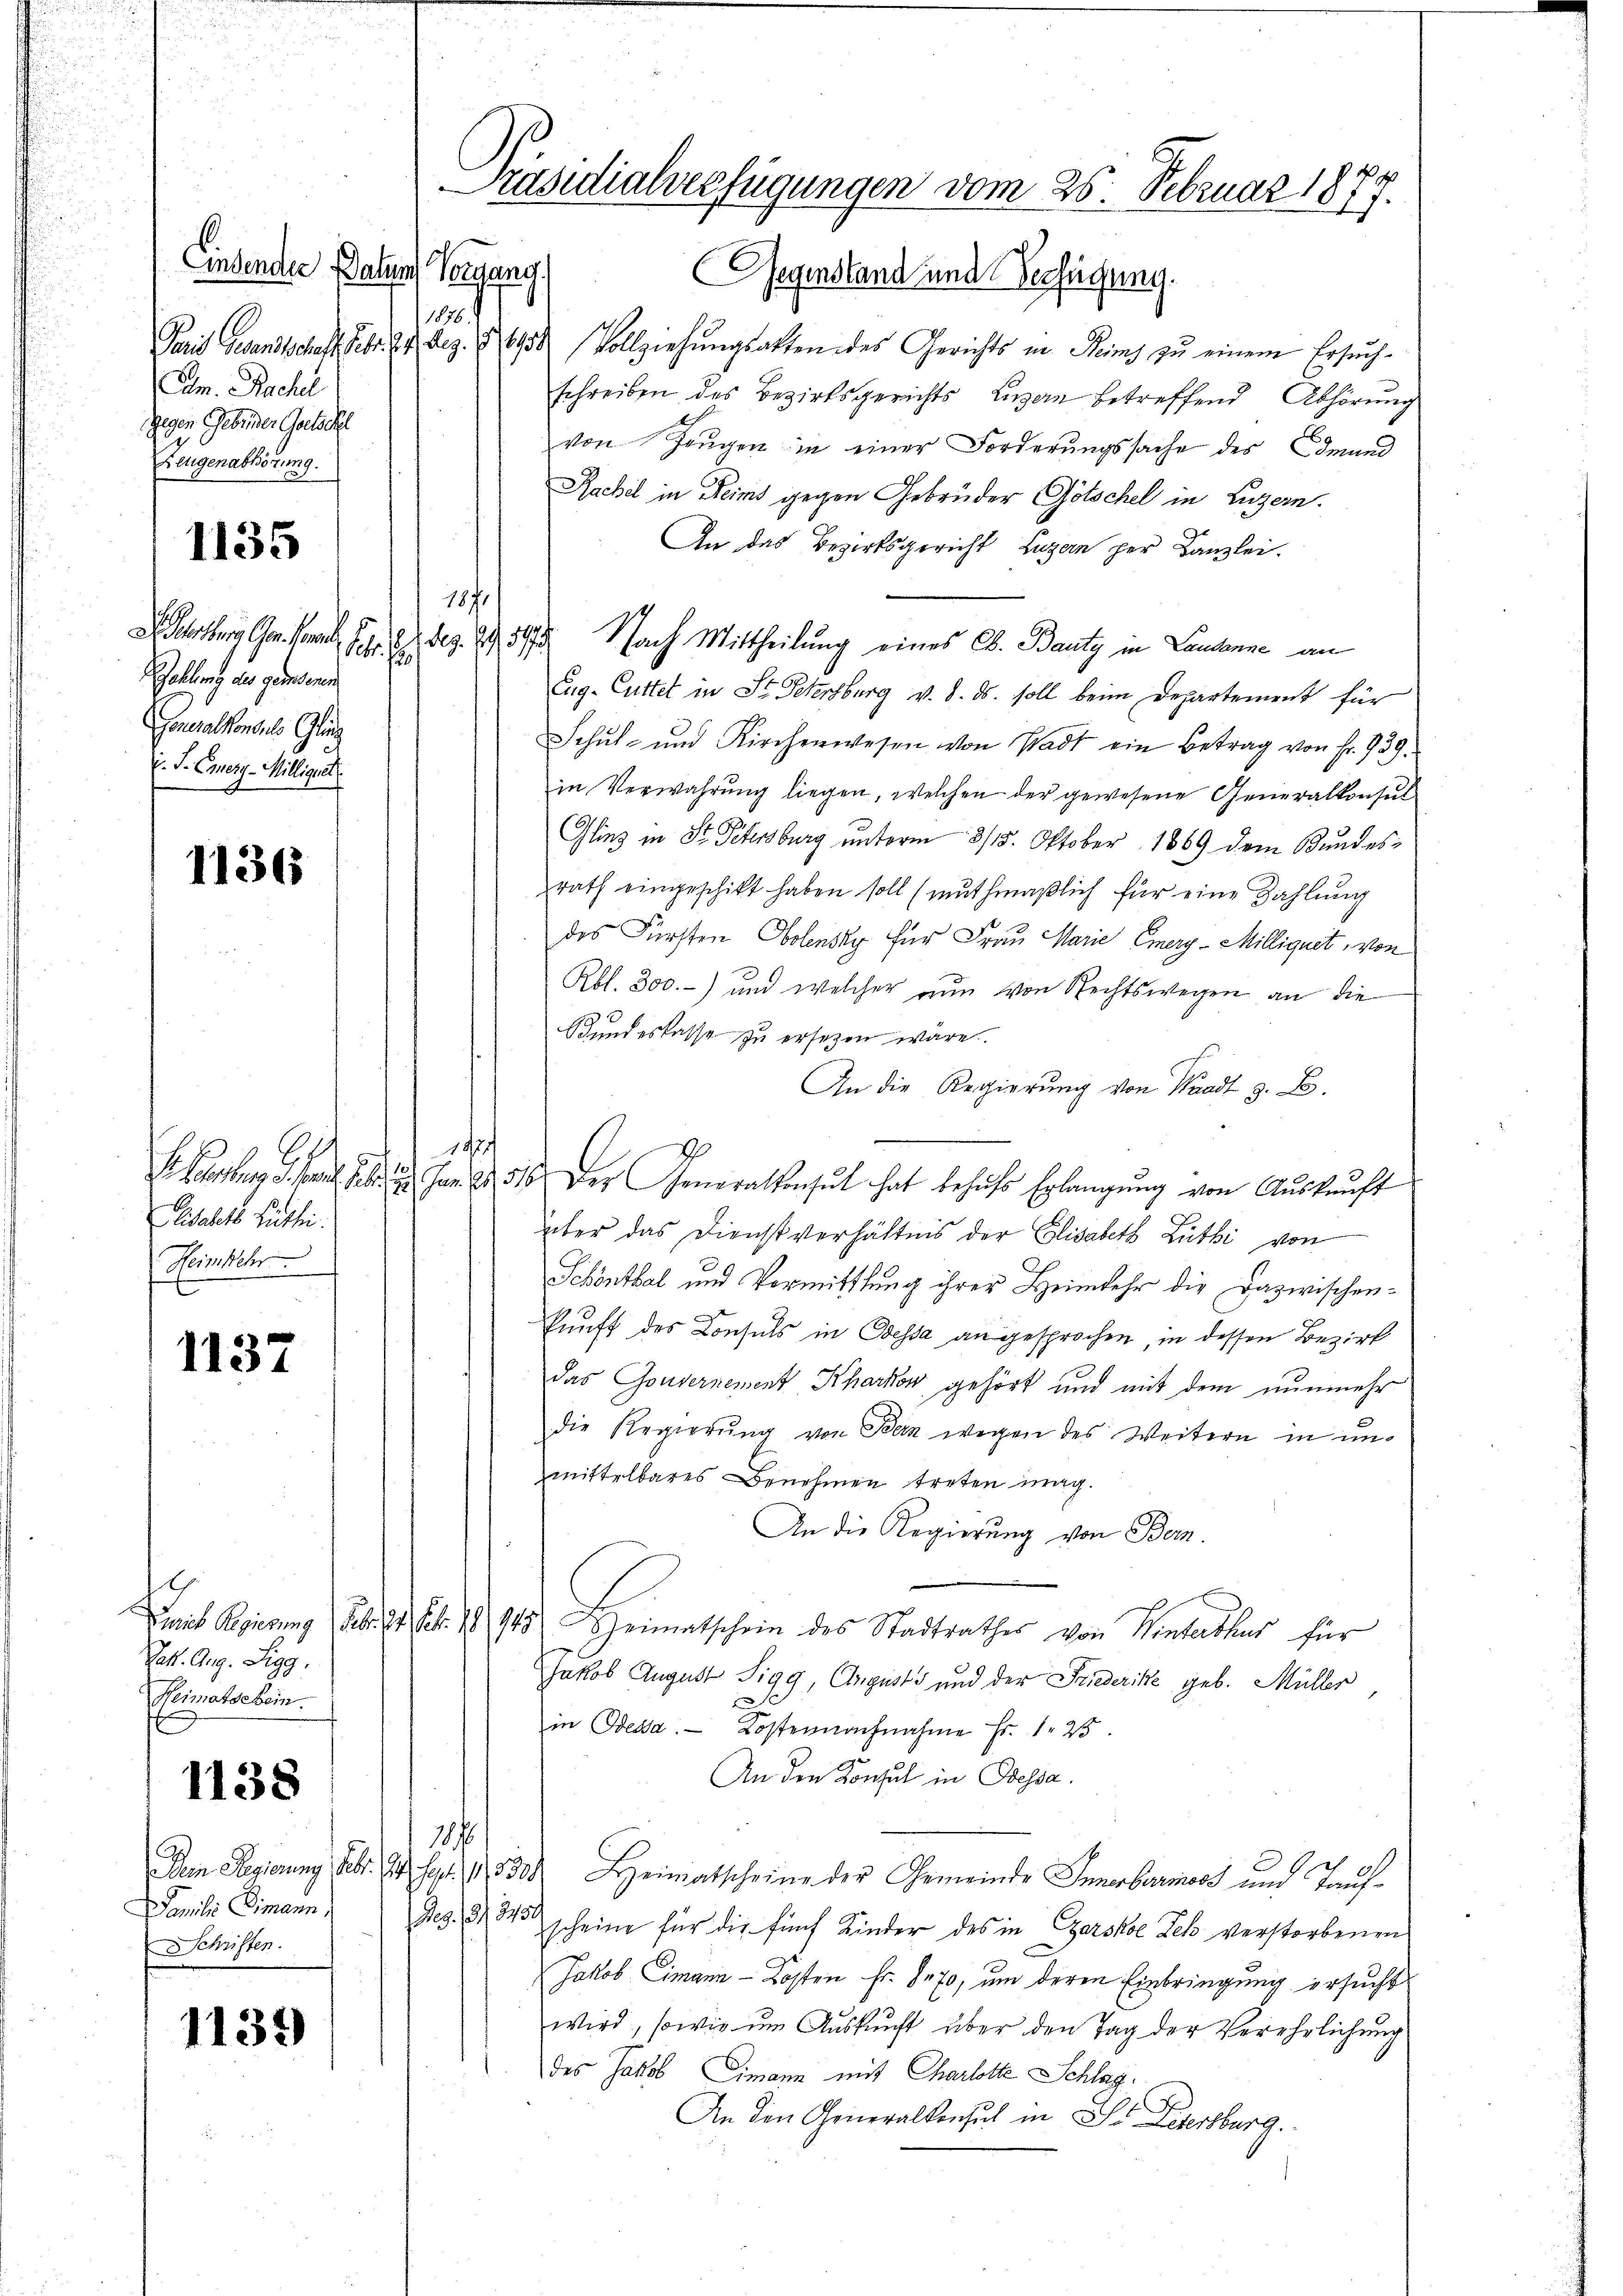
E.
indendere Datum Vorgang.
1876.
Cam. Nachl
Gegen Gebrüder Gutschl
Zeugenabhörung.

1135

ohlung des gendenen
Generalkonsuls Glig
E. J. Cmnery-Milliguet

1136

Lisabets Luthei
Heimkehr

1137

Patt. Aug. Sigg,
Heimatschein.

1138

Familie Dimann,
Schriften.

1139

Paris Gesandtschaft Febr. 27. Dez. 1865 Vollziehungsakten des Gerichts in Heims zu einem Ersuchschreiben des Bezirksgerichts Levan betreffend Abhörung
von Zeugen in einer Forderungssache des Edmund
Rachel in Reims gegen Gebrüder Götschel in Luzern.
An das Bezirksgericht Luzern per Kanzlei.
1871
hrung Ger. pr. Febr. 2. dez. 295172 Nach Mittheilung eines C. Bautz in Landerne an
Eug- Cutter in St. Petersburg v. 8. ds. soll beim Departement für
Schul- und Kirchenwesen von Stadt ein Betrag von Fr. 939.
in Verwahrung liegen, welchen der gewesene Generalkonsul
Glinz in Dr. Petersburg unterm 315. Oktober 1869 dem Bundesrath eingeschikt haben soll (mŭthmaßlich für eine Zahlung
des Fürsten Ostensky für Frau Marie Emerg - Millignet, von
Rbl. 300.-) und welcher nun von Rechtswegen an die
Bundeskasse zu ersezen wäre.
An die Regierung von Waadt z. B.
1924
R. Kosten, d. J. S. 29. Jan. 1856 der Generalkonst hat behŭfs Erlangung von Auskunft
über das Dienstverhältnis der Elisabeth Lüthi von
Schenthal und Vormittlung ihrer Heimkehr die Dazwischenkunft des Consuls in Bessa an gesprochen, in dessen Bezirk
das Gouvernement Kharkow gehört und mit dem nunmehr
die Regierung von Bern wegen des Weitern in unmittelbares Benehmen treten mag.
An die Regierung von Bern.
Taib Regierung Feb. 17. Febr. 18945. Heimatschein des Stadtrathes von Hinterthur für
Jakob August Sigg, Augusts und der Friederike geb. Müller
in Odessa. Kostennachnahme Fr. 1. 25
An den Konsul in Dessa.
187
Dem Regierung Febr. 14. Sept. 1830. Heimatscheine der Gemeinde Innerbarmess und Tauf¬
Dez. 1845 scheine für die fünf Kinder des in Zarskoe Zeh verstorbenen
Jakob Eimann-Kosten Fr. 70, um deren Einbringung ersucht
wird, sowie um Auskunft über den Tag der Verehrlichung
des Jakob Eimann mit Charlotte Schlag.
An den Generalkonsul in Dr. Ledersburg.

Präsidialverfügungen vom 25. Februar 1879.
C
Gegenstand und
Verfügung.
1
G